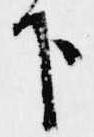
下